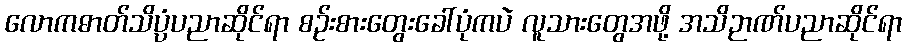
လောကဓာတ်သိပ္ပံပညာဆိုင်ရာ စဉ်းစားတွေးခေါ်ပုံကပဲ လူသားတွေအဖို့ အသိဉာဏ်ပညာဆိုင်ရာ